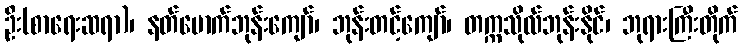
ဦး(စာရေးဆရာ)၊ နတ်မောက်ဘုန်းကျော်၊ ဘုန်းတင့်ကျော်၊ တက္ကသိုလ်ဘုန်းနိုင်၊ ဘုရားကြီးတိုက်